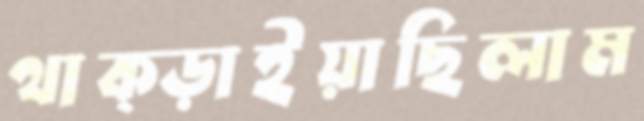
থাক্‌ড়াইয়াছিলাম